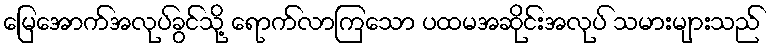
မြေအောက်အလုပ်ခွင်သို့ ရောက်လာကြသော ပထမအဆိုင်းအလုပ် သမားများသည်